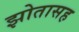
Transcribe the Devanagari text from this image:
झोतासह